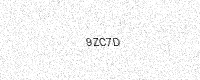
Text: 9ZC7D